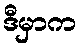
ဒီမှာက